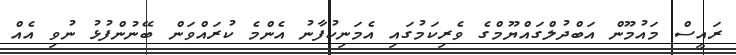
ރައީސް މައުމޫން އަބްދުލްގައްޔޫމްގެ ވެރިކަމުގައި އެމަނިކުފާނު އެންމެ ކުރައްވަން ބޭނުންފުޅު ނުވި އެއް